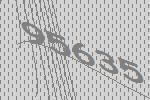
95635